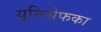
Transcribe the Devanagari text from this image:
यूनिसेफका